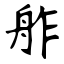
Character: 舴